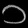
Digit: ၁